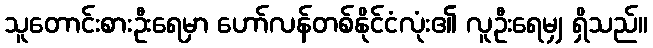
သူတောင်းစားဦးရေမှာ ဟော်လန်တစ်နိုင်ငံလုံး၏ လူဦးရေမျှ ရှိသည်။